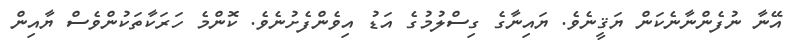
އޭނާ ނުފެންނާނެކަން ޔަޤީނެވެ. ޔައިނާގެ ގިސްލުމުގެ އަޑު އިވެންފެށުނެވެ. ކޮންމެ ހަރަކާތަކުންވެސް ޔާއިން